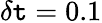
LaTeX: \delta\mathtt{t}=0.1